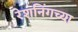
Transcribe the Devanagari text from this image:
रेशनिंगच्या